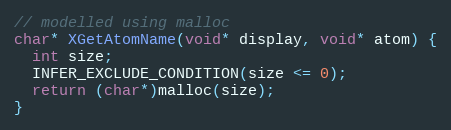
Language: C
// modelled using malloc
char* XGetAtomName(void* display, void* atom) {
  int size;
  INFER_EXCLUDE_CONDITION(size <= 0);
  return (char*)malloc(size);
}